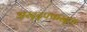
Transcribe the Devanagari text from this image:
अस्द्द्फ्कस्द्फ